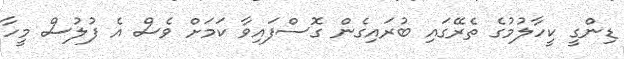
ޑިންގީ ކީހާލުމުގެ ތެރޭގައި ބުރައިގެން ގޮސްފައިވާ ކަމަށް ވެސް އެ ފުލުސް މީހާ